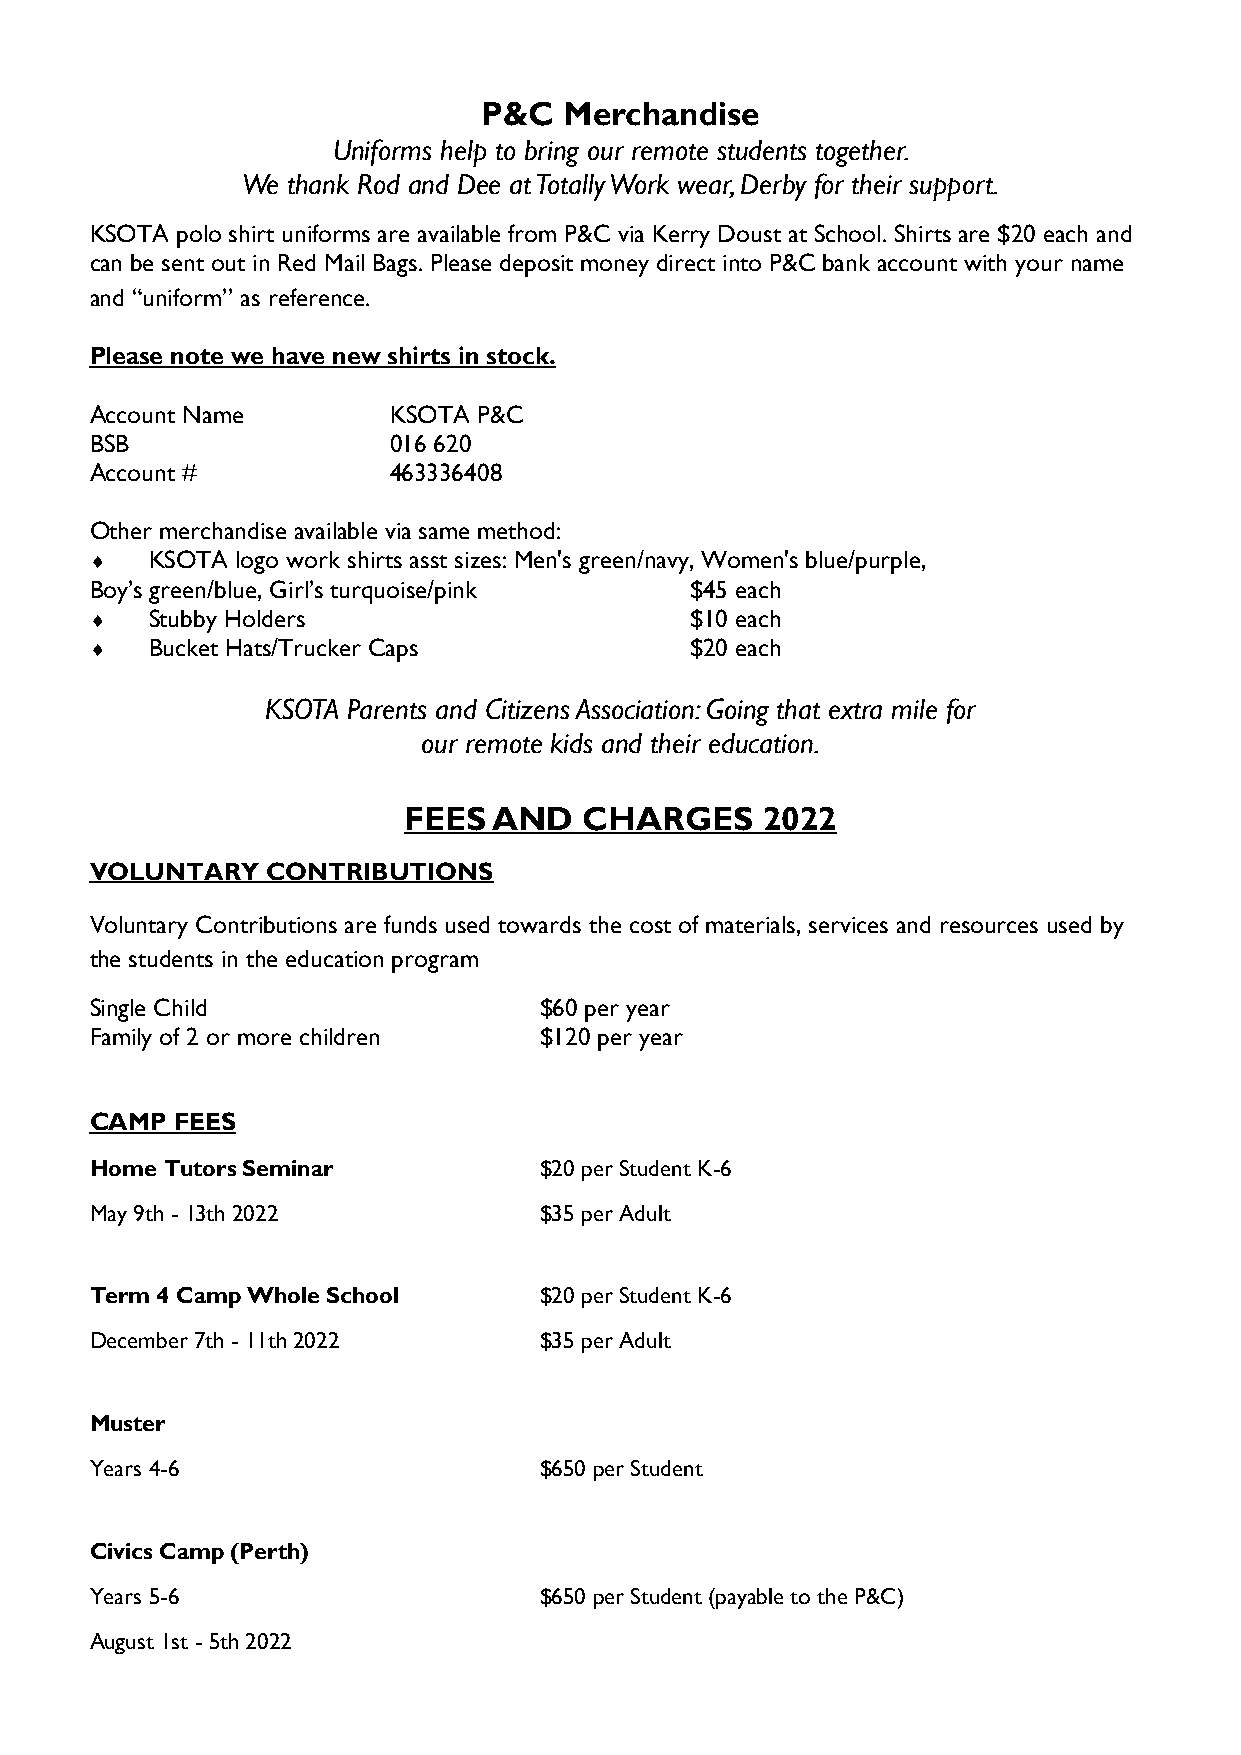
P&C  Merchandise
 Uniforms help to bring our remote students together.
 We thank Rod and Dee at Totally Work wear, Derby for their support.
 KSOTA polo shirt uniforms are available from P&C via Kerry Doust at School. Shirts are $20 each and
 can be sent out in Red Mail Bags. Please deposit money direct into P&C bank account with your name
 and “uniform” as reference.
 Please note we have new shirts in stock.
 Account Name        KSOTA P&C
 BSB                 016 620
 Account #           463336408
 Other merchandise available via same method:
    KSOTA logo work shirts asst sizes: Men's green/navy, Women's blue/purple,
 Boy’s green/blue, Girl’s turquoise/pink $45 each
    Stubby Holders                      $10 each
    Bucket Hats/Trucker Caps            $20 each
 KSOTA Parents and Citizens Association: Going that extra mile for
 our remote kids and their education.
 FEES  AND   CHARGES    2022
 VOLUNTARY   CONTRIBUTIONS
 Voluntary Contributions are funds used towards the cost of materials, services and resources used by
 the students in the education program
 Single Child                  $60 per year
 Family of 2 or more children  $120 per year
 CAMP FEES
 Home Tutors Seminar           $20 per Student K-6
 May 9th - 13th 2022           $35 per Adult
 Term 4 Camp Whole School      $20 per Student K-6
 December 7th - 11th 2022      $35 per Adult
 Muster
 Years 4-6                     $650 per Student
 Civics Camp (Perth)
 Years 5-6                     $650 per Student (payable to the P&C)
 August 1st - 5th 2022